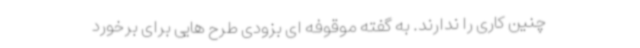
چنین کاری را ندارند. به گفته موقوفه ای بزودی طرح هایی برای برخورد